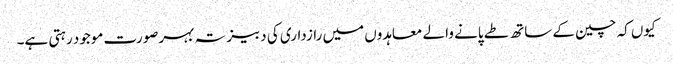
کیوں کہ چین کے ساتھ طے پانے والے معاہدوں میں رازداری کی دبیز تہ بہرصورت موجود رہتی ہے۔